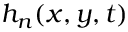
h _ { n } ( x , y , t )